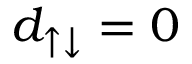
d _ { \uparrow \downarrow } = 0